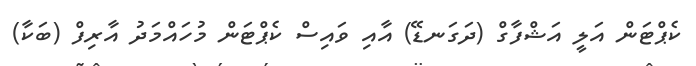
ކެޕްޓަން އަލީ އަޝްފާގް (ދަގަނޑޭ) އާއި ވައިސް ކެޕްޓަން މުހައްމަދު އާރިފް (ބަކާ)